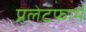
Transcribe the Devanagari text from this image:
प्रलेटफार्म